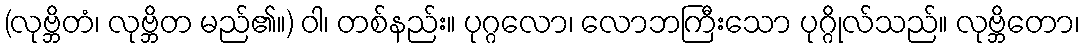
(လုဗ္ဘိတံ၊ လုဗ္ဘိတ မည်၏။) ဝါ၊ တစ်နည်း။ ပုဂ္ဂလော၊ လောဘကြီးသော ပုဂ္ဂိုလ်သည်။ လုဗ္ဘိတော၊